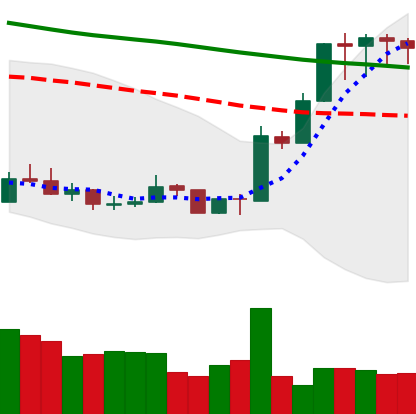
Ticker: XMR-USD
Chart end date: 2020-01-10
Forward return: 16.671%
Label: up_7plus